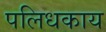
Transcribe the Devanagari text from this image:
पलिधकाय